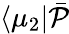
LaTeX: \langle\mu_{2}\vert\bar{\mathcal{P}}